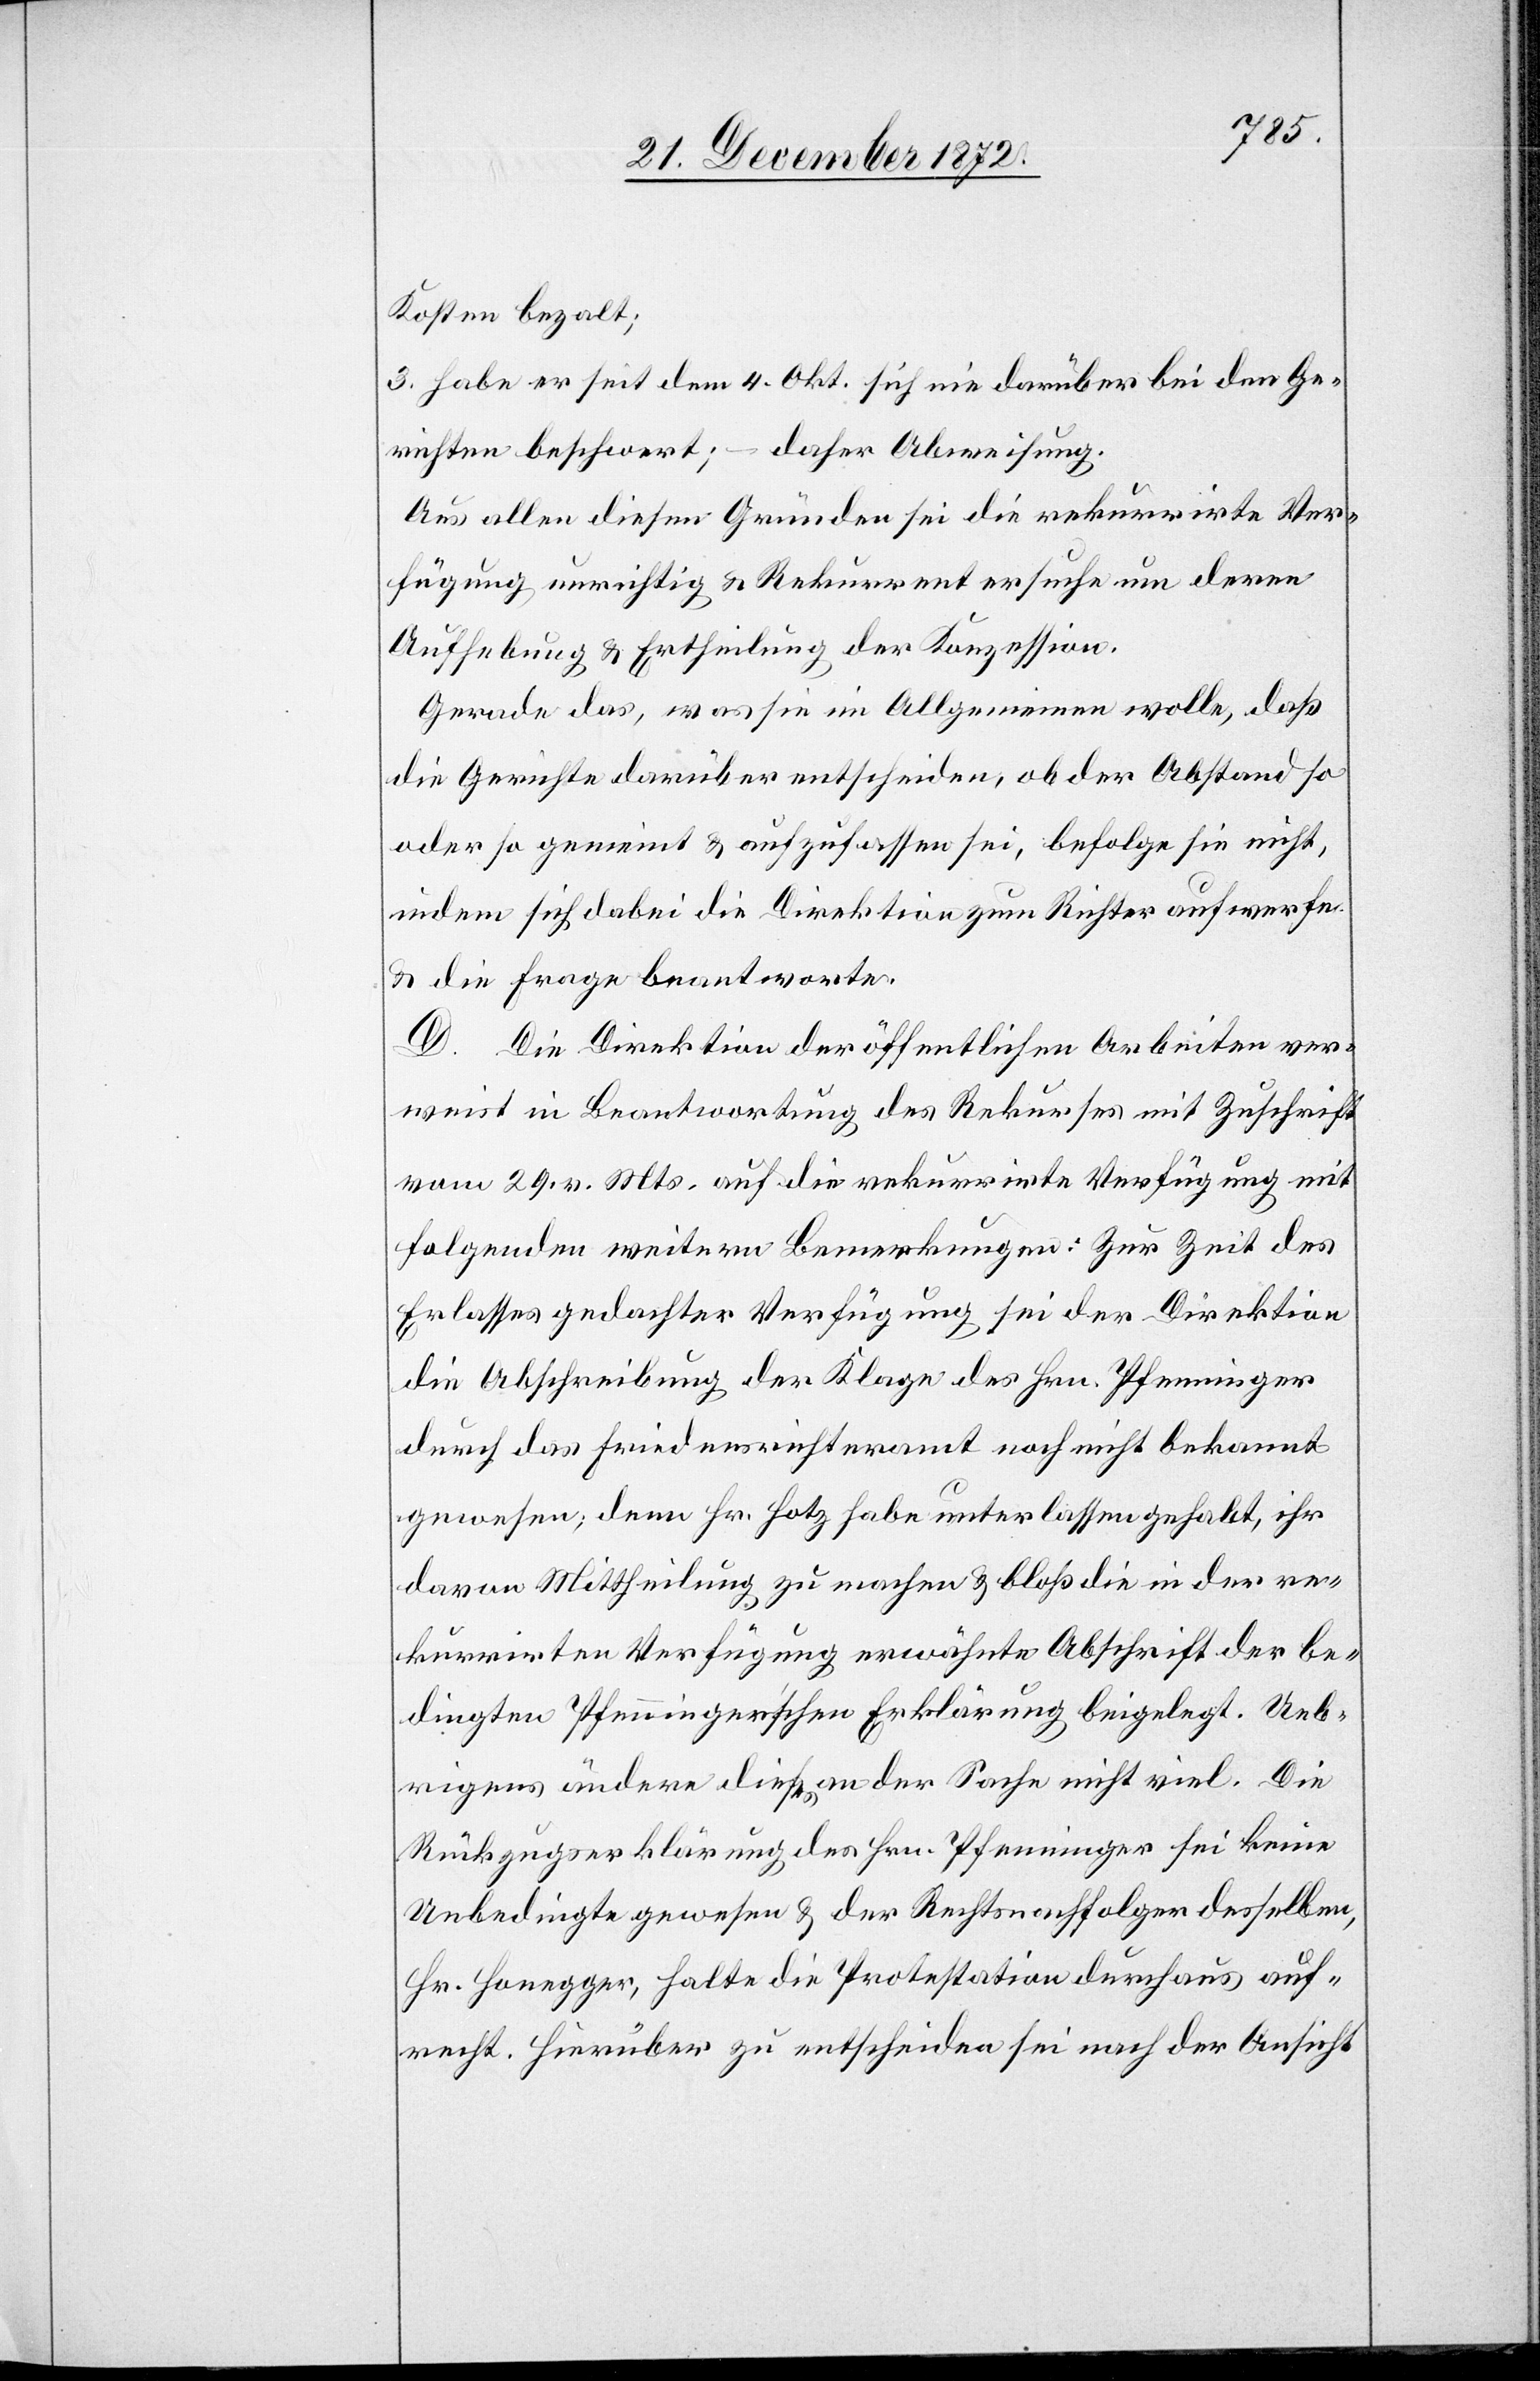
Kosten bezalt;
3. habe er seit dem 4. Okt. sich nie darüber bei den Ge¬
richten beschwert; – daher Abweisung.
Aus allen diesen Gründen sei die rekurrirte Ver¬
fügung unrichtig u. Rekurrenten ersuche um deren
Aufhebung u. Ertheilung der Konzession.
Gerade das, was sie im Allgemeinen wolle, daß
die Gerichte darüber entscheiden, ob der Abstand so
oder so gemeint u. aufzufassen sei, befolge sie nicht,
indem sich dabei die Direktion zum Richter aufwerfe
u. die Frage beantworte.
D. Die Direktion der öffentlichen Arbeiten ver¬
weist in Beantwortung des Rekurses mit Zuschrift
vom 29. v. Mts. auf die rekurrirte Verfügung mit
folgenden weitern Bemerkungen: Zur Zeit des
Erlasses gedachter Verfügung sei der Direktion
die Abschreibung der Klage des Hrn. Pfenninger
durch das Friedensrichteramt noch nicht bekannt
gewesen; denn Hr. Hotz habe unterlassen gehabt, ihr
davon Mittheilung zu machen u. bloß die in der re¬
kurrirten Verfügung erwähnte Abschrift der be¬
dingten Pfenninger’schen Erklärung beigelegt. Ueb¬
rigens ändere dieses an der Sache nicht viel. Die
Rückzugserklärung des Hrn. Pfenninger sei keine
Unbedingte gewesen u. der Rechtsnachfolger desselben,
Hr. Honegger, halte die Protestation durchaus auf¬
recht. Hierüber zu entscheiden sei nach der Ansicht